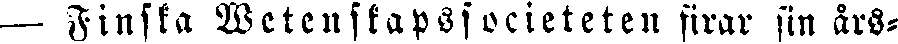
— Finska Wetenskapssocieteten firar sin års-